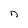
Character: n